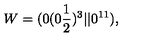
W = ( 0 ( 0 { \frac { 1 } { 2 } } ) ^ { 3 } \vert \vert 0 ^ { 1 1 } ) , \nonumber